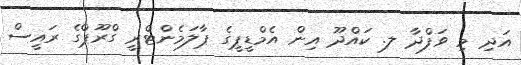
އަދި މި ވަފްދާ ލ. ކައްދޫ އިން އެމްޑީޕީގެ ޕާލަމެންޓްރީ ގްރޫޕްގެ ރައީސް